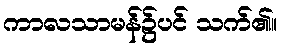
ကာလသာမန်၌ပင် သက်၏။